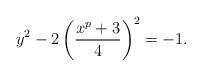
LaTeX: \begin{align*}y^2 -2 \left(\frac{x^p+3}{4} \right)^2=-1.\end{align*}